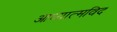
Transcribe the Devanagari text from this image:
आध्यात्मविद